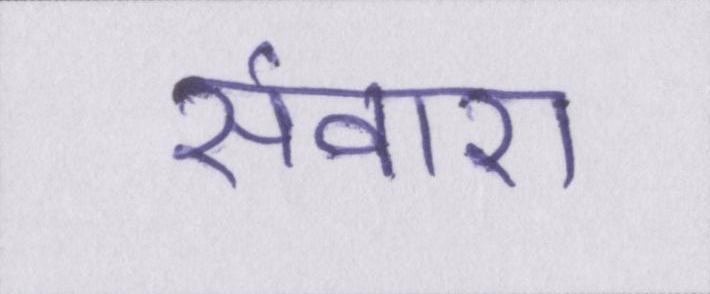
संवारा